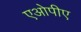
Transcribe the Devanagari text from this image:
एओपीए